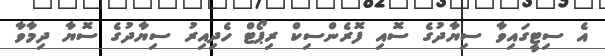
އެ ސިޓީގައިވާ ސިޔާދުގެ ސޮއި ފޮރެންސިކް ރިޕޯޓް ހެދިއިރު ސިޔާދުގެ ސޮޔާ ދިމާވާ